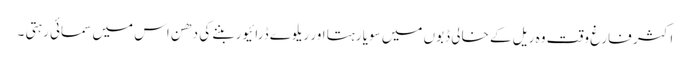
اکثر فارغ وقت وہ ریل کے خالی ڈبوں میں سویا رہتا اور ریلوے ڈرائیور بننے کی دھن اس میں سمائی رہتی ۔